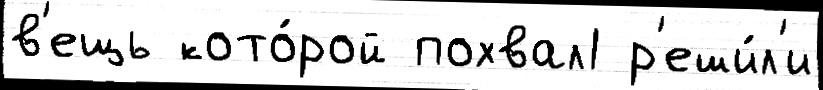
в'ещь кото́рой похвал1 р'еши́л'и